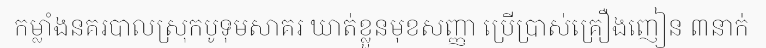
កម្លាំងនគរបាលស្រុកបូទុមសាគរ ឃាត់ខ្លួនមុខសញ្ញា ប្រើប្រាស់គ្រឿងញៀន ៣នាក់